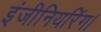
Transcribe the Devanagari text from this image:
इंजीनियरिंग।